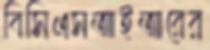
বিসিএসআইআরের